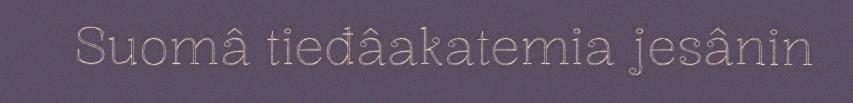
Suomâ tieđâakatemia jesânin